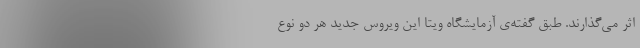
اثر می‌گذارند. طبق گفته‌ی آزمایشگاه ویتا این ویروس جدید هر دو نوع